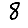
Digit: 8